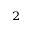
^ 2